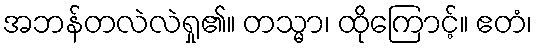
အဘန်တလဲလဲရှု၏။ တသ္မာ၊ ထိုကြောင့်။ ဧတံ၊